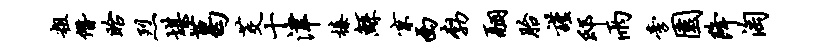
粗僭眙烈堪葛茭十津榛鲧京西勃翮胎谨邸雨旁园降淘